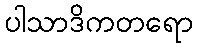
ပါသာဒိကတရော